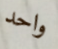
واحد